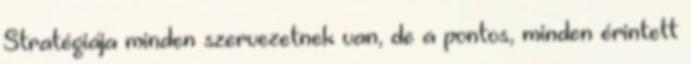
Stratégiája minden szervezetnek van, de a pontos, minden érintett